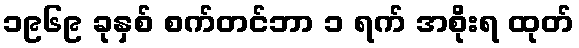
၁၉၆၉ ခုနှစ် စက်တင်ဘာ ၁ ရက် အစိုးရ ထုတ်